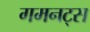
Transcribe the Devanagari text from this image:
गमनट्स